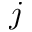
j